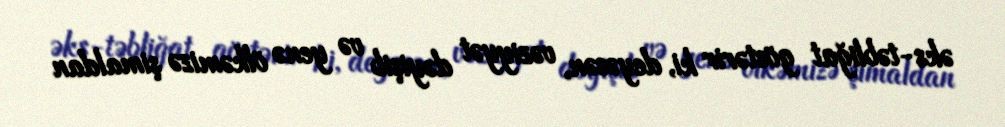
əks-təbliğat göstərir ki, deyəsən, vəziyyət dəyişib və yenə ölkəmizə şimaldan